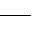
\_